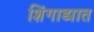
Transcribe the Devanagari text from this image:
शिंगाड्यात